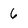
Character: 6